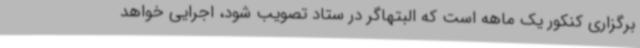
برگزاری کنکور یک ماهه است که البتهاگر در ستاد تصویب شود، اجرایی خواهد